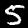
Digit: 5